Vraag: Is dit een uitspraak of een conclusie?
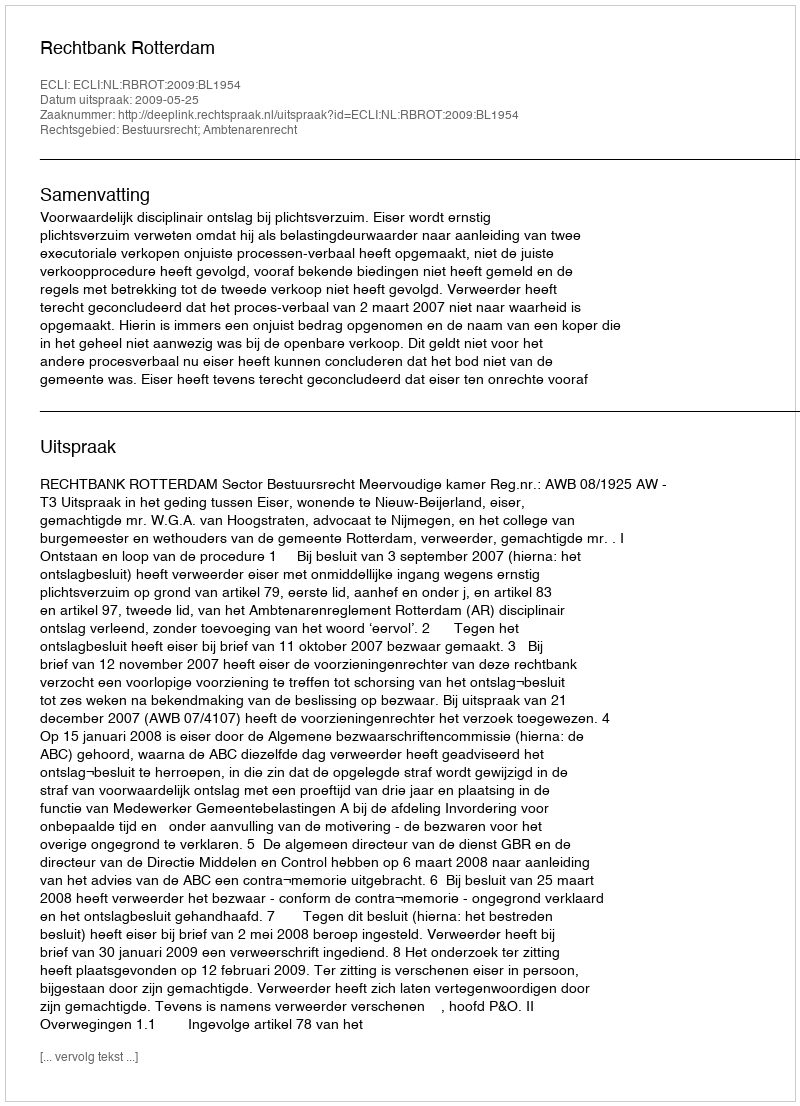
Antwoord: Uitspraak